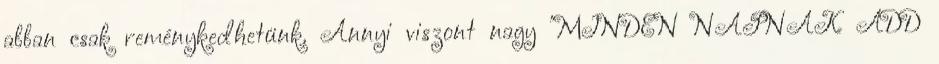
abban csak reménykedhetünk. Annyi viszont nagy "MINDEN NAPNAK ADD